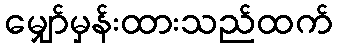
မျှော်မှန်းထားသည်ထက်